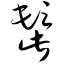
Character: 髭